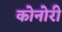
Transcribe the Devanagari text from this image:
कोनोरी